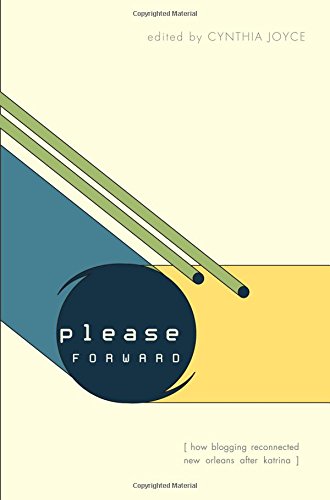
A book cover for Please Forward: How Blogging Reconnected New Orleans After Katrina; Computers & Technology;